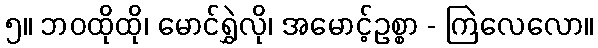
၅။ ဘဝထိုထို၊ မောင်ရွှဲလို၊ အမောင့်ဥစ္စာ - ကြဲလေလော။